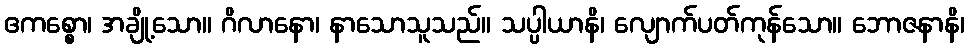
ဧကစ္စော၊ အချို့သော။ ဂိလာနော၊ နာသောသူသည်။ သပ္ပါယာနိ၊ လျောက်ပတ်ကုန်သော။ ဘောဇနာနိ၊